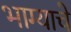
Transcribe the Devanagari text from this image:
भाग्याचे